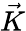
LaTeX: \vec{K}